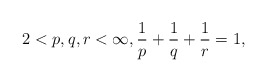
\begin{align*}2<p,q,r<\infty, \frac{1}{p} + \frac{1}{q} + \frac{1}{r} = 1,\end{align*}